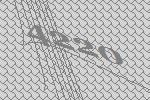
4220